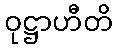
ဝုဋ္ဌာဟီတိ